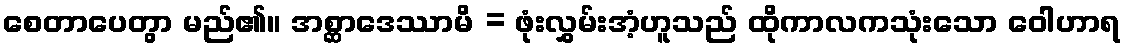
စေတာပေတွာ မည်၏။ အစ္ဆာဒေဿာမိ = ဖုံးလွှမ်းအံ့ဟူသည် ထိုကာလကသုံးသော ဝေါဟာရ